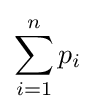
\sum _{i=1}^{n}p_{i}